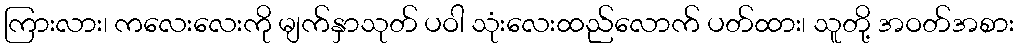
ကြားလား၊ ကလေးလေးကို မျက်နှာသုတ် ပဝါ သုံးလေးထည်လောက် ပတ်ထား၊ သူတို့ အဝတ်အစား